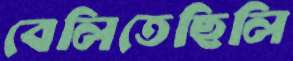
বেলিতেছিলি